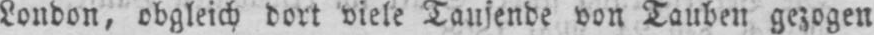
London, obgleich dort viele Tausende von Tauben gezogen